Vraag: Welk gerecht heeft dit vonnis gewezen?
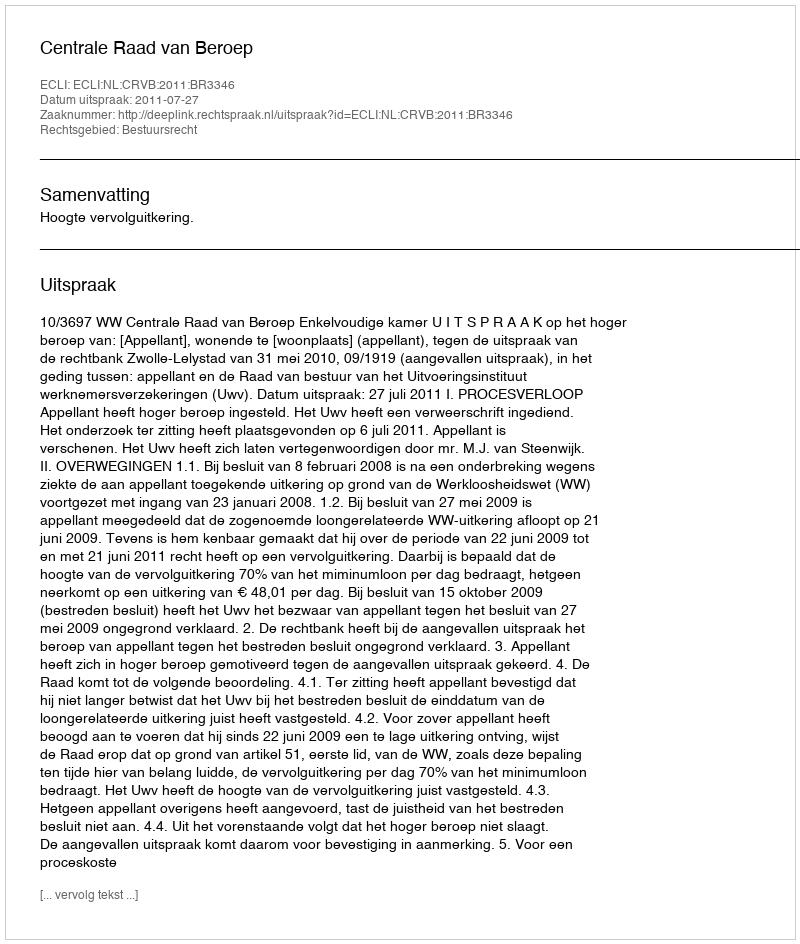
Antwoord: Centrale Raad van Beroep